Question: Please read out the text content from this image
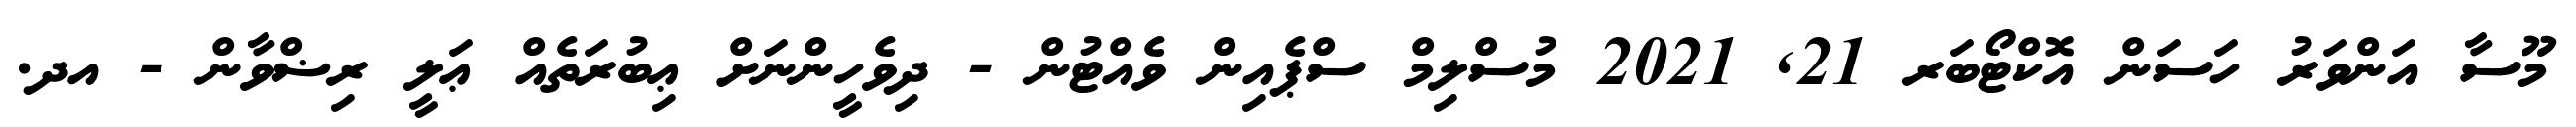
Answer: މޫސާ އަންވަރު ހަސަން އޮކްޓޯބަރ 21, 2021 މުސްލިމް ސްޕެއިން ވެއްޓުން - ދިވެހީންނަށް ޢިބުރަތެއް ޢަލީ ރިޟްވާން - އދ.